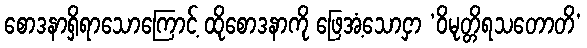
စောဒနာရှိရာသောကြောင့် ထိုစောဒနာကို ဖြေအံ့သောငှာ ‘ဝိမုတ္တိရသတောတိ’